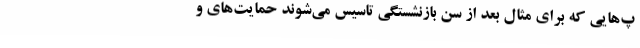
پ‌هایی که برای مثال بعد از سن بازنشستگی تاسیس می‌شوند حمایت‌های و